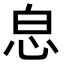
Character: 𢘣